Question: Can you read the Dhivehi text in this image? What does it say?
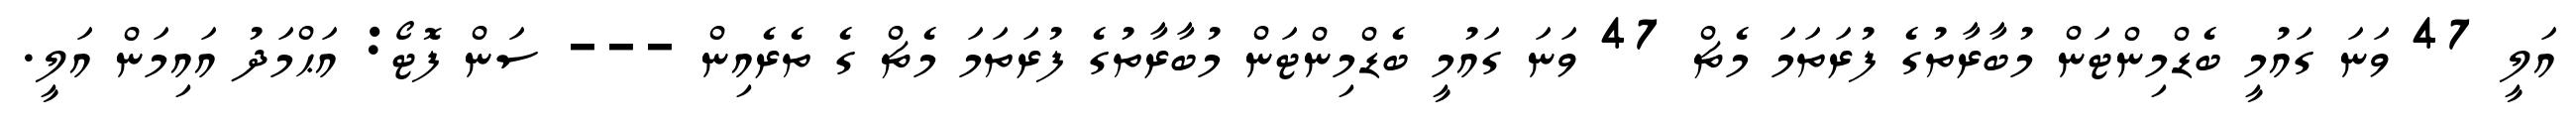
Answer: އަލީ 47 ވަނަ ގައުމީ ބެޑްމިންޓަން މުބާރާތުގެ ފުރަތަމަ މެޗް 47 ވަނަ ގައުމީ ބެޑްމިންޓަން މުބާރާތުގެ ފުރަތަމަ މެޗް ގެ ތެރެއިން --- ސަން ފޮޓޯ: އަޙްމަދު އައިމަން އަލީ.